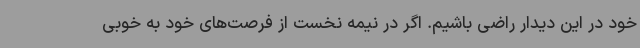
خود در این دیدار راضی باشیم. اگر در نیمه نخست از فرصت‌های خود به خوبی